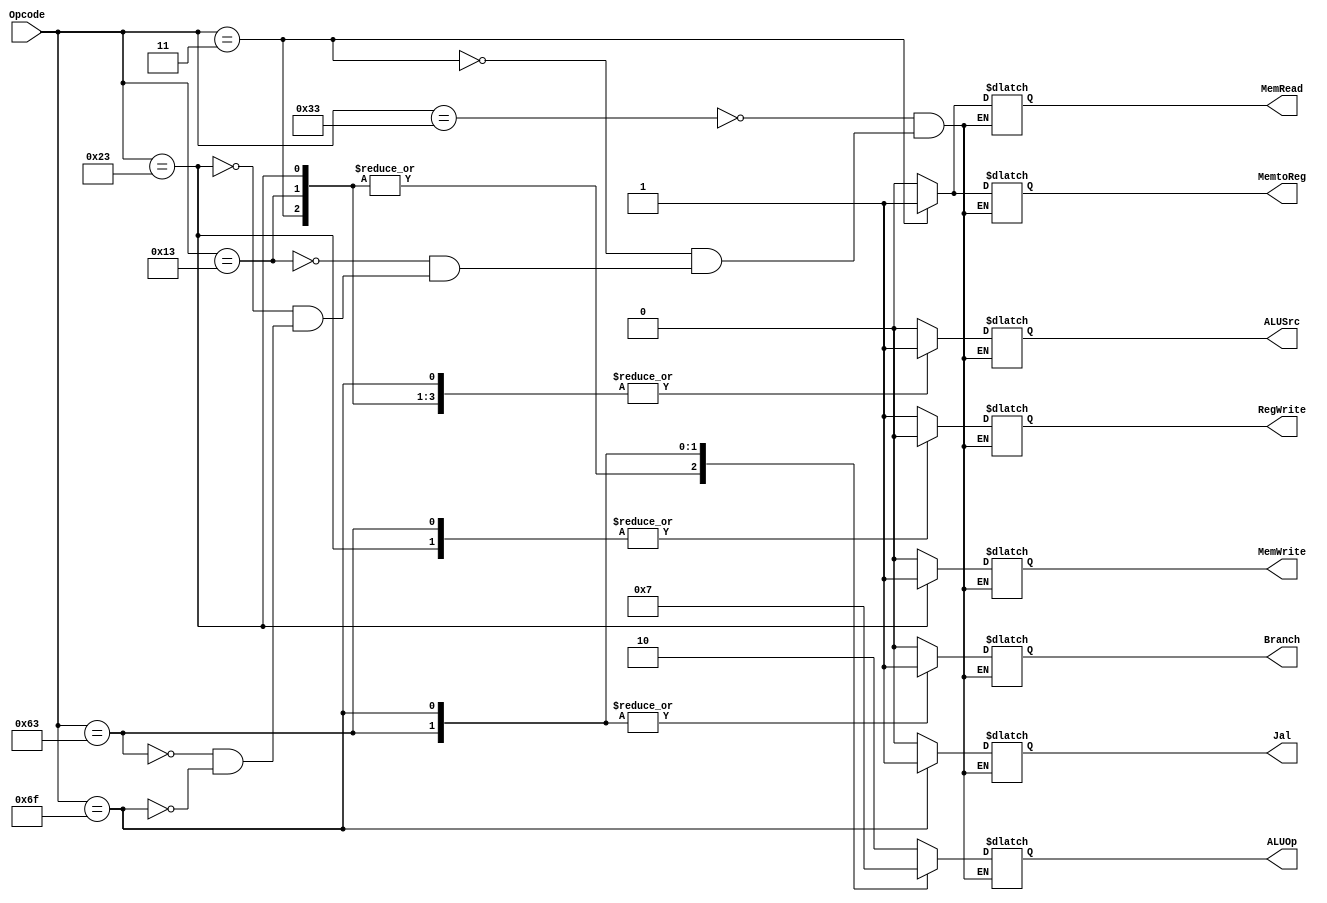
`timescale 1ns / 1ps
//////////////////////////////////////////////////////////////////////////////////
// Company: 
// Engineer: 
// 
// Design Name: 
// Module Name: Control_Unit
// Project Name: 
// Target Devices: 
// Tool Versions: 
// Description: 
// 
// Dependencies: 
// 
// Revision:
// Revision 0.01 - File Created
// Additional Comments:
// 
//////////////////////////////////////////////////////////////////////////////////


module Control_Unit
(
    input [6:0] Opcode,
    output reg Branch, MemRead, MemtoReg, MemWrite, ALUSrc, RegWrite, Jal,
    output reg [1:0] ALUOp
);

always @ (Opcode) begin
    case (Opcode)
        //R type
        7'b0110011: begin
            Branch = 0;
            MemRead = 0;
            MemtoReg = 0;
            MemWrite = 0;
            ALUSrc = 0;
            RegWrite = 1;
            ALUOp = 2'b10;
            Jal = 1'b0;
        end
        
        // I-type Load Instructions
        7'b0000011: begin
            Branch = 0;
            MemRead = 1;
            MemtoReg = 1;
            MemWrite = 0;
            ALUSrc = 1;
            RegWrite = 1;
            ALUOp = 2'b00;
            Jal = 1'b0;
        end
        
        // I-type instructions like addi
        7'b0010011: begin
            Branch = 0;
            MemRead = 0;
            MemtoReg = 0;
            MemWrite = 0;
            ALUSrc = 1;
            RegWrite = 1;
            ALUOp = 2'b00;
            Jal = 1'b0;
        end
        
        // S-type Store Instruction
        7'b0100011: begin
            Branch = 0;
            MemRead = 0;
            MemtoReg = 1'bx;
            MemWrite = 1;
            ALUSrc = 1;
            RegWrite = 0;
            ALUOp = 2'b00;
            Jal = 1'b0;
        end
        
        // B-Type Branch Instruction
        7'b1100011: begin
            Branch = 1;
            MemRead = 0;
            MemtoReg = 1'bx;
            MemWrite = 0;
            ALUSrc = 0;
            RegWrite = 0;
            ALUOp = 2'b01;
            Jal = 1'b0;
        end
        
        // J-Type Jal Instruction
        7'b1101111: begin
            Branch = 1;
            MemRead = 1'bx;
            MemtoReg = 1'bx;
            MemWrite = 1'bx;
            ALUSrc = 1;
            RegWrite = 1;
            ALUOp = 2'b11;
            Jal = 1'b1;
        end
    endcase
end
endmodule